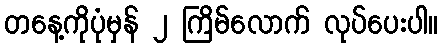
တနေ့ကိုပုံမှန် ၂ ကြိမ်လောက် လုပ်ပေးပါ။